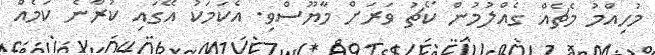
މުހިއްމު މެޗެއް ގެއްލުމުން ކޯޗު ވަރަށް މާޔޫސްވި. އެކަމަކު އޭގައި ކުރާނެ ކަމެއް